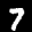
Label: 7